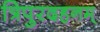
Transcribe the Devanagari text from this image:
त्रिपुरदहनम्